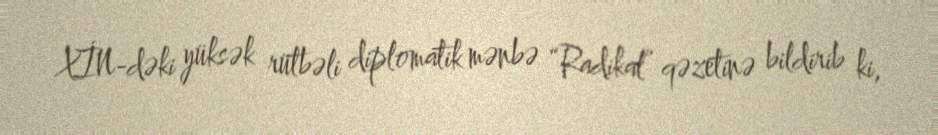
XİN-dəki yüksək rütbəli diplomatik mənbə “Radikal” qəzetinə bildirib ki,